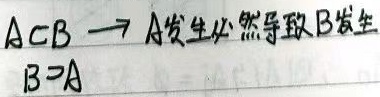
若\(A\subset B\)，则\(A\)发生必然导致\(B\)发生，此时\(B\supset A\)。